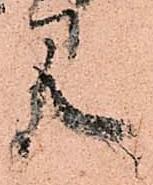
見